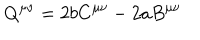
LaTeX: Q ^ { \mu \nu } = 2 b C ^ { \mu \nu } - 2 a B ^ { \mu \nu }